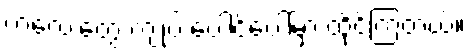
ကလေးတွေ ကျုပ် ပေါင်ပေါ်မှာ ထိုင်ကြတယ်။